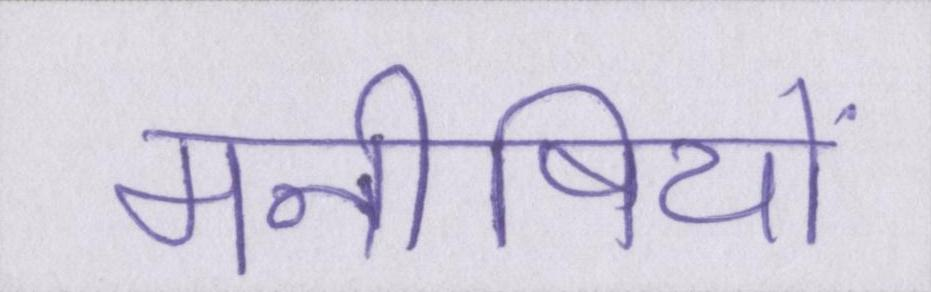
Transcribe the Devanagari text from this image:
मनीषियों